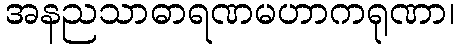
အနညသာဓာရဏမဟာကရုဏာ၊